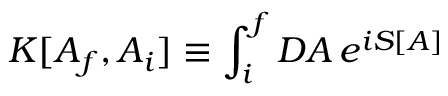
K [ A _ { f } , A _ { i } ] \equiv \int _ { i } ^ { f } { \cal D } A \, e ^ { i S [ A ] }